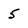
Character: 5